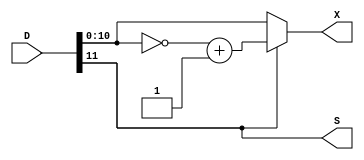
`timescale 1ns / 1ps
//////////////////////////////////////////////////////////////////////////////////
// Company: 
// Engineer: 
// 
// Design Name: 
// Module Name:    converter 
// Project Name: 
// Target Devices: 
// Tool versions: 
// Description: 
//
// Dependencies: 
//
// Revision: 
// Revision 0.01 - File Created
// Additional Comments: 
//
//////////////////////////////////////////////////////////////////////////////////
module converter(
    input [11:0] D,
    output S,
    output [10:0] X
    );
	
	reg [10:0] XX;
	assign S = D[11];
	assign X = XX[10:0];
	
	always @(*) begin
		XX = D[10:0];
		if(S)begin
			XX = ~XX; 
			XX = XX+1;
		end
	end 
	

endmodule